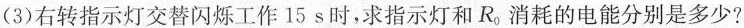
(3)右转指示灯交替闪烁工作15s时，求指示灯和R_{0}消耗的电能分别是多少?